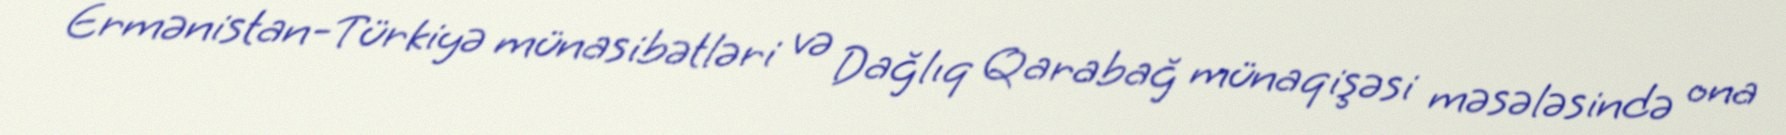
Ermənistan-Türkiyə münasibətləri və Dağlıq Qarabağ münaqişəsi məsələsində ona